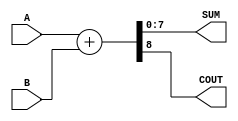
module parameterized_adder #(
    parameter BIT_WIDTH = 8  // Default bit width set to 8
)(
    input  wire [BIT_WIDTH-1:0] A,  // First input
    input  wire [BIT_WIDTH-1:0] B,  // Second input
    output wire [BIT_WIDTH-1:0] SUM, // Sum output
    output wire                  COUT  // Carry-out output (overflow detection)
);

    // Assign SUM as the sum of inputs A and B
    assign {COUT, SUM} = A + B;  // Concatenates carry-out and sum

endmodule